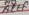
Text: AREF